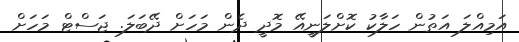
އަމިއްލަ އަތުން ހަލާކު ކޮށްލަނީއޭ މޮދީ ދެން މަހަށް ދޭބަލަ. ޖަސްޓް މަަހަށް